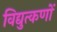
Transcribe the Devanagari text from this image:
विद्युत्कणों